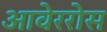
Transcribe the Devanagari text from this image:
आवेररोस